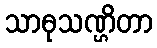
သာဓုသဏ္ဌိတာ